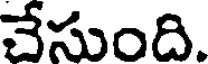
చేసుంది.